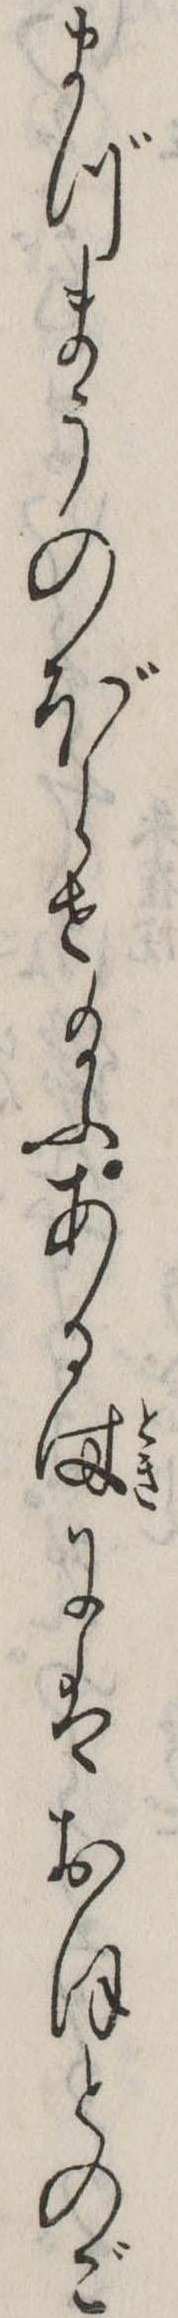
まづまうのぼらせ給ふある時にはおほとのご